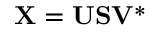
\mathbf { X } = \mathbf { U } \mathbf { S } \mathbf { V } ^ { * }